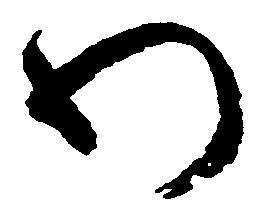
わ